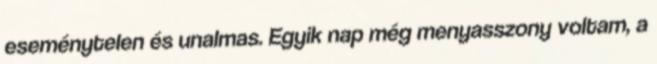
eseménytelen és unalmas. Egyik nap még menyasszony voltam, a